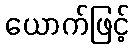
ယောက်ဖြင့်